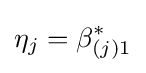
\eta _{j}=\beta _{(j)1}^{*}